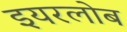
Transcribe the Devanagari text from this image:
इयरलोब